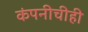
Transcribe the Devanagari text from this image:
कंपनीचीही